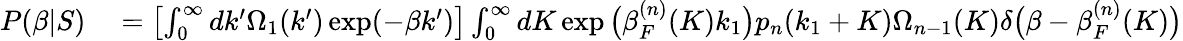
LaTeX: \begin{array}{rl}{P(\beta|S)}&{{}=\left[\int_{0}^{\infty}dk^{\prime}\Omega_{1}(k^{\prime})\exp(-\beta k^{\prime})\right]\int_{0}^{\infty}dK\exp\big(\beta_{F}^{(n)}(K)k_{1}\big)p_{n}(k_{1}+K)\Omega_{n-1}(K)\delta\big(\beta-\beta_{F}^{(n)}(K)\big)}\end{array}